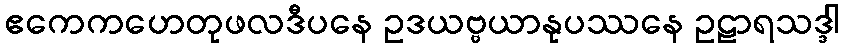
ဧကေကဟေတုဖလဒီပနေ ဥဒယဗ္ဗယာနုပဿနေ ဥဠာရသဒ္ဒါ